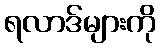
ရလာဒ်များကို